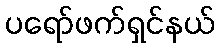
ပရော်ဖက်ရှင်နယ်